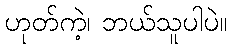
ဟုတ်ကဲ့၊ ဘယ်သူပါပဲ။